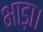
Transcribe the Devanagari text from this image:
भाड़ा।